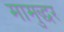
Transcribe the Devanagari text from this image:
मामुद्धर